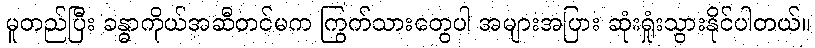
မူတည်ပြီး ခန္ဓာကိုယ်အဆီတင်မက ကြွက်သားတွေပါ အများအပြား ဆုံးရှုံးသွားနိုင်ပါတယ်။